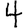
Digit: 4